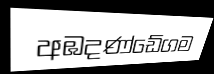
අඹදණ්ඩේගම